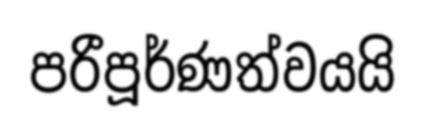
පරීපූර්ණත්වයයි